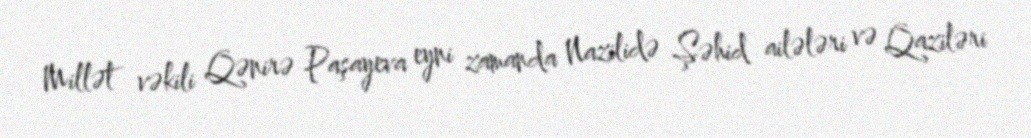
Millət vəkili Qənirə Paşayeva eyni zamanda Nazilidə Şəhid ailələri və Qaziləri